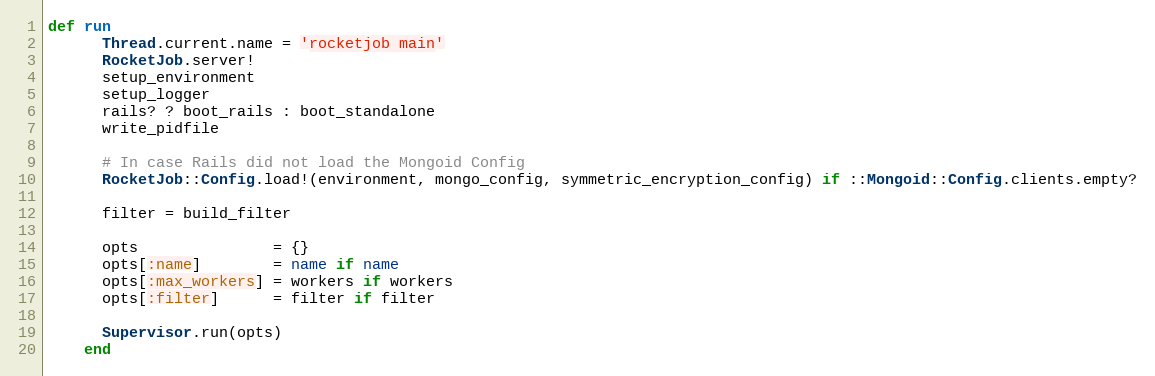
Language: Ruby
def run
      Thread.current.name = 'rocketjob main'
      RocketJob.server!
      setup_environment
      setup_logger
      rails? ? boot_rails : boot_standalone
      write_pidfile

      # In case Rails did not load the Mongoid Config
      RocketJob::Config.load!(environment, mongo_config, symmetric_encryption_config) if ::Mongoid::Config.clients.empty?

      filter = build_filter

      opts               = {}
      opts[:name]        = name if name
      opts[:max_workers] = workers if workers
      opts[:filter]      = filter if filter

      Supervisor.run(opts)
    end